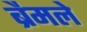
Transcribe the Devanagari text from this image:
ब्रैमले